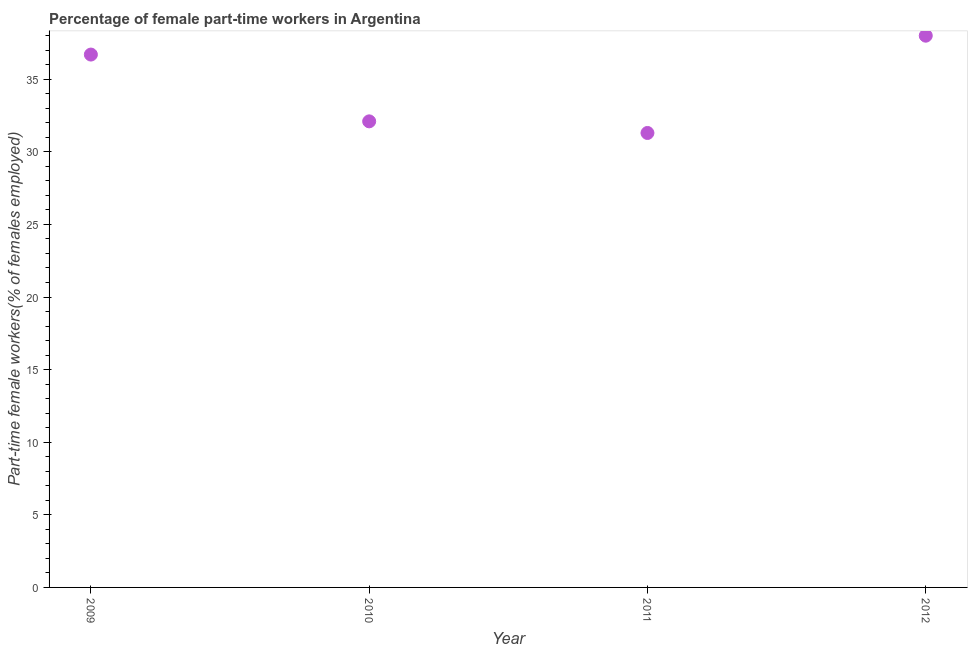
| Year | Part time employment |
 | --- | --- |
 | 2009 | 36.7 |
 | 2010 | 32.1 |
 | 2011 | 31.3 |
 | 2012 | 38 |